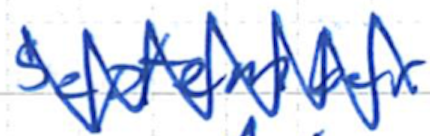
Text: September
Cross-out: zig-zag
Writing tool: ballpoint